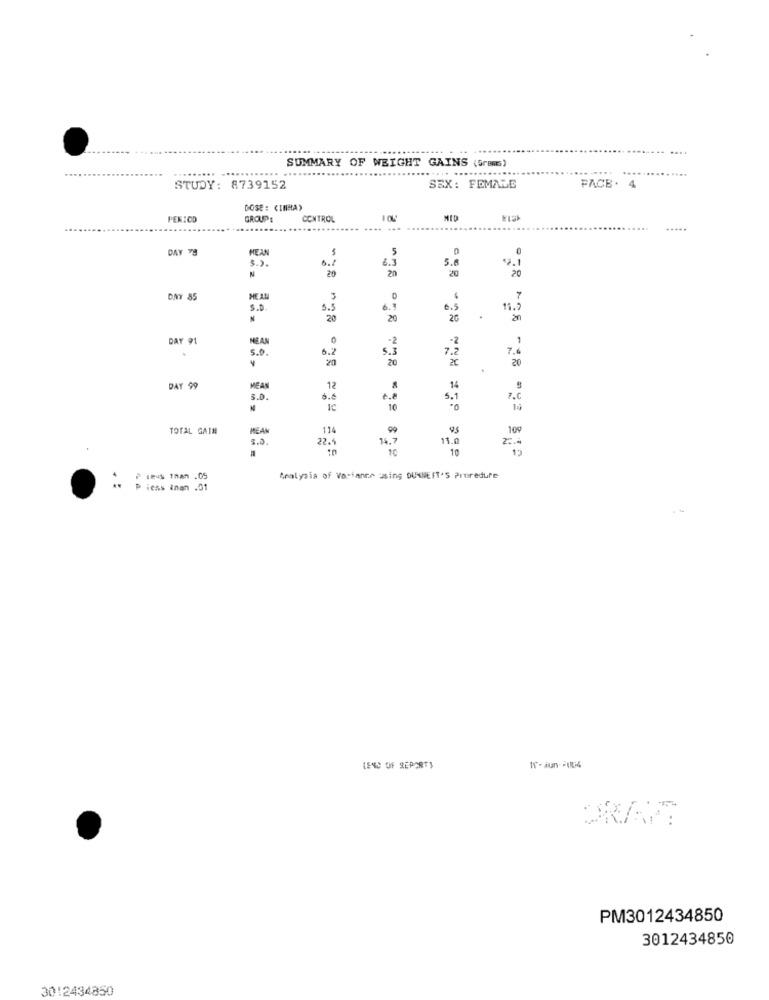
SUMMARY OF WEIGHT GAINS (Grams)
STUDY: 8739152
SEX: FEMALE
FACE . 4
DOSE : CINHA)
PEKICD
GROUPE
CONTROL
MID
.....
DAY 79
5
6.1
6.3
3.3 .
5.8
2.1
N
20
20
20
DAY 85
3
7
S. D .
5.5
6.
6.5
11.5
20
20
20
DAY 91
MEAN
-2
1
5.3
7.
7.4
S.D .
6.2
20
20
20
DAY 99
MEAN
.12
14
3.0
e.8
5.1
7.0
1C
10
10
TOTAL GAIN
MEAN
114
99
.95
109
22.
11.0
3.0 .
14.7
10
P less than .05
Analysis of Variance using DUNNEIT'S Proreduce
P ichs inan .01
LEND OF REPORT)
W-jun-214
PM3012434850
3012434850
3012434850